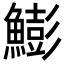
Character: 𩻬